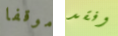
موقفا وفقد